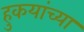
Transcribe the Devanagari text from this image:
हुकयांच्या